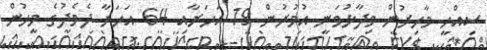
ސިއްހީ މާހިރުން ވިދާޅުވަނީ އުމުރުން 19 އަހަރާއި 64 އަހަރާ ދެމެދުގެ މީހުން